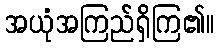
အယုံအကြည်ရှိကြ၏။